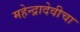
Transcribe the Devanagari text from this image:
महेन्द्रादेवीचा